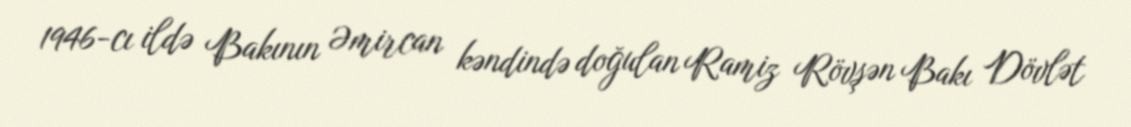
1946-cı ildə Bakının Əmircan kəndində doğulan Ramiz Rövşən Bakı Dövlət